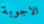
الاجوبة